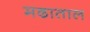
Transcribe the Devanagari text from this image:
मढाताल